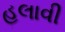
હલાવી